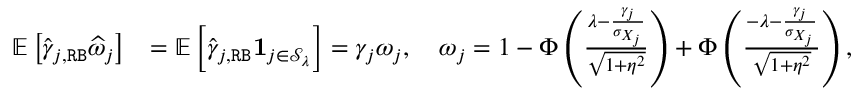
\begin{array} { r l } { \mathbb { E } \left[ \widehat { \gamma } _ { j , \mathtt { R B } } \widehat { \omega } _ { j } \right] } & { = \mathbb { E } \left[ \widehat { \gamma } _ { j , \mathtt { R B } } \mathbf { 1 } _ { j \in \mathcal { S } _ { \lambda } } \right] = \gamma _ { j } \omega _ { j } , \quad \omega _ { j } = 1 - \Phi \left( \frac { \lambda - \frac { \gamma _ { j } } { \sigma _ { X _ { j } } } } { \sqrt { 1 + \eta ^ { 2 } } } \right) + \Phi \left( \frac { - \lambda - \frac { \gamma _ { j } } { \sigma _ { X _ { j } } } } { \sqrt { 1 + \eta ^ { 2 } } } \right) , } \end{array}